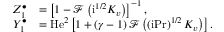
\begin{array} { r l } { Z _ { 1 } ^ { \bullet } } & { = \left[ 1 - \mathcal { F } \left( \mathrm { i } ^ { 1 / 2 } K _ { v } \right) \right] ^ { - 1 } , } \\ { Y _ { 1 } ^ { \bullet } } & { = \mathrm { H e } ^ { 2 } \left[ 1 + \left( \gamma - 1 \right) \mathcal { F } \left( \left( \mathrm { i } \mathrm { P r } \right) ^ { 1 / 2 } K _ { v } \right) \right] . } \end{array}